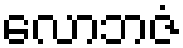
လောဘဇံ